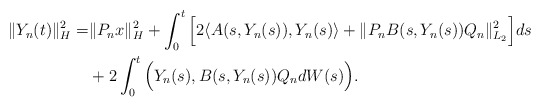
\begin{align*}\Vert Y_n(t) \Vert_H^2 = & \Vert P_n x \Vert_H^2 + \int_0^t \Big[ 2\langle A(s, Y_n(s)), Y_n(s) \rangle +\Vert P_n B(s,Y_n(s))Q_n \Vert_{L_2}^2 \Big] ds \\& + 2\int_0^t \Big( Y_n(s), B(s,Y_n(s))Q_n dW(s) \Big) .\end{align*}